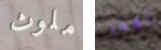
ملوث أقدر